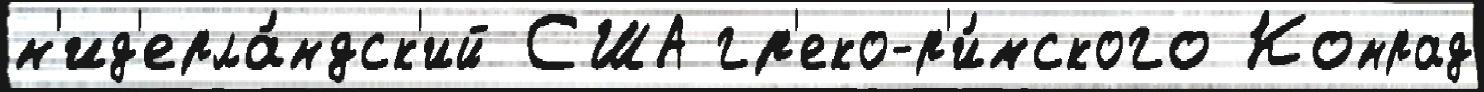
н'ид'ерла́ндск'ий США гр'еко-р'и́мского Конрад